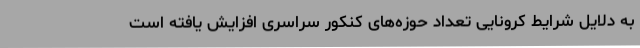
به دلایل شرایط کرونایی تعداد حوزه‌های کنکور سراسری افزایش یافته است